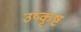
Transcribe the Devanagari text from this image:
उष्कृष्ट